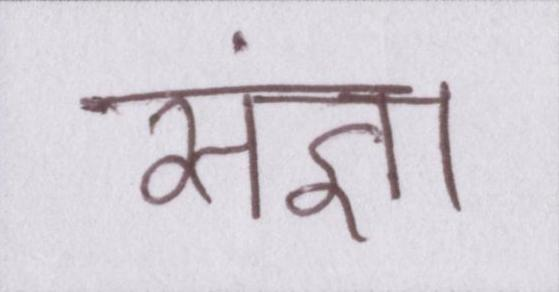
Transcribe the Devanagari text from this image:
संज्ञा